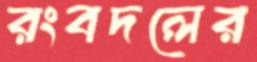
রংবদলের